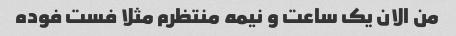
من الان یک ساعت و نیمه منتظرم مثلا فست فوده